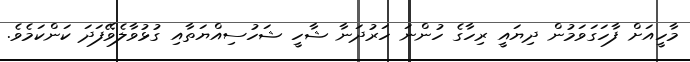
މާހީއަށް ފާހަގަވަމުން ދިޔައީ ރިހާގެ ހުންނަ ހަރުދަނާ ޝާހީ ޝަހުސިއްޔަތާއި ގުޅުވާލެވޭފަދަ ކަންކަމެވެ.